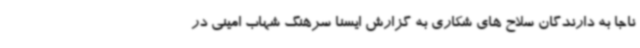
ناجا به دارندگان سلاح های شکاری به گزارش ایسنا سرهنگ شهاب امینی در